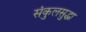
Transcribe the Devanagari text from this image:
संकुलसुद्धा